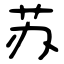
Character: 苏